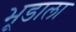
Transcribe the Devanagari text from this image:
भूडाला